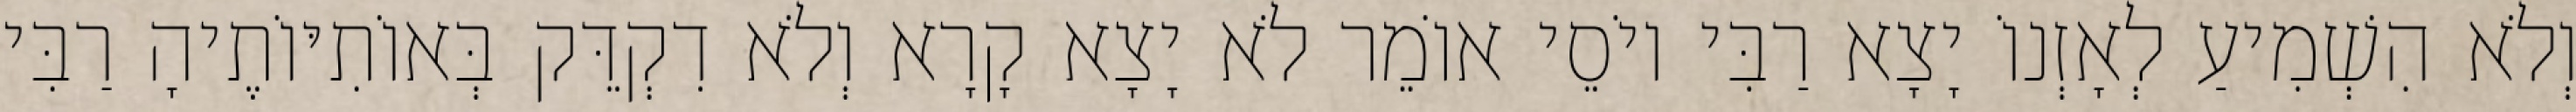
וְלֹא הִשְׁמִיעַ לְאָזְנוֹ יָצָא רַבִּי יוֹסֵי אוֹמֵר לֹא יָצָא קָרָא וְלֹא דִקְדֵּק בְּאוֹתִיּוֹתֶיהָ רַבִּי